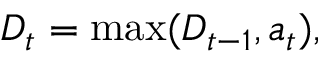
\boldsymbol { D } _ { t } = \operatorname* { m a x } ( \boldsymbol { D } _ { t - 1 } , \boldsymbol { a } _ { t } ) ,